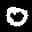
Label: 0